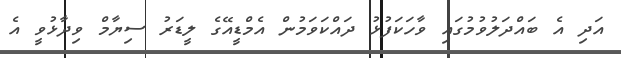
އަދި އެ ބައްދަލުވުމުގައި ވާހަކަފުޅު ދައްކަވަމުން އެމްޑީއޭގެ ލީޑަރު ސިޔާމް ވިދާޅުވީ އެ